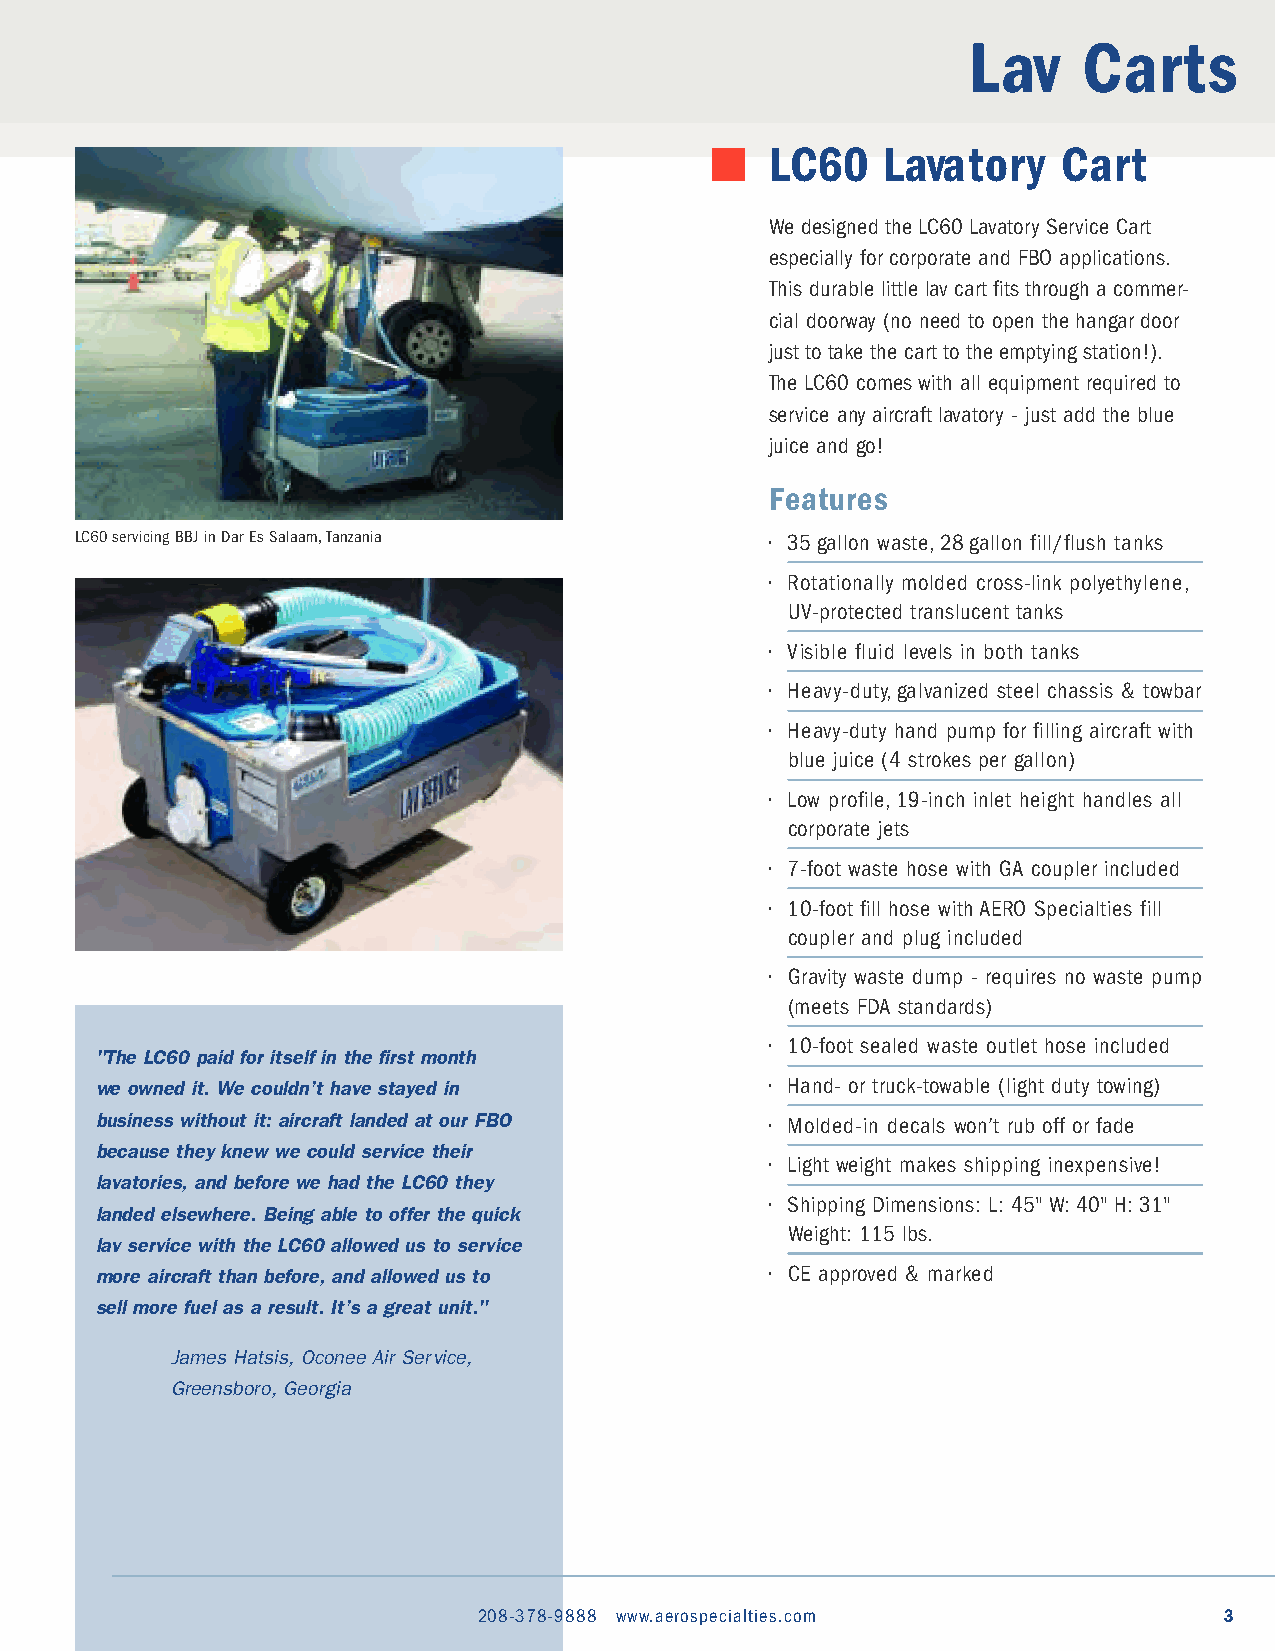
Lav     Carts
 LC60   Lavatory    Cart
 We designed the LC60 Lavatory Service Cart
 especially for corporate and FBO applications.
 This durable little lav cart fits through a commer-
 cial doorway (no need to open the hangar door
 just to take the cart to the emptying station!).
 The LC60 comes with all equipment required to
 service any aircraft lavatory - just add the blue
 juice and go!
 Features
 LC60 servicing BBJ in Dar Es Salaam,Tanzania  • 35 gallon waste,28 gallon fill/flush tanks
 • Rotationally molded cross-link polyethylene,
 UV-protected translucent tanks
 • Visible fluid levels in both tanks
 • Heavy-duty,galvanized steel chassis & towbar
 • Heavy-duty hand pump for filling aircraft with
 blue juice (4 strokes per gallon)
 • Low profile,19-inch inlet height handles all
 corporate jets
 • 7-foot waste hose with GA coupler included
 • 10-foot fill hose with AERO Specialties fill
 coupler and plug included
 • Gravity waste dump - requires no waste pump
 (meets FDA standards)
 • 10-foot sealed waste outlet hose included
 "The LC60 paid for itself in the first month
 we owned it. We couldn’t have stayed in      • Hand- or truck-towable (light duty towing)
 business without it: aircraft landed at our FBO
 • Molded-in decals won’t rub off or fade
 because they knew we could service their
 • Light weight makes shipping inexpensive!
 lavatories, and before we had the LC60 they
 • Shipping Dimensions: L: 45" W: 40" H: 31"
 landed elsewhere. Being able to offer the quick
 Weight: 115 lbs.
 lav service with the LC60 allowed us to service
 more aircraft than before, and allowed us to • CE approved & marked
 sell more fuel as a result. It’s a great unit."
 James Hatsis, Oconee Air Service,
 Greensboro, Georgia
 208-378-9888 www.aerospecialties.com             3